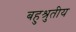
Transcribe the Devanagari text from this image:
बहुश्रुतीय